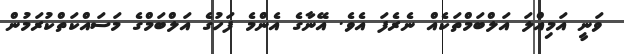
ވަނީ އަމިއްލަ އަލްބަމްތަކެއް ނެރެފަ އެވެ. އޭނާގެ އެންމެ ފަހުގެ އަލްބަމްގެ މަސައްކަތްކުރަމުން